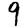
Digit: 9